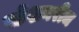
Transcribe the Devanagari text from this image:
स्टेशनरीज